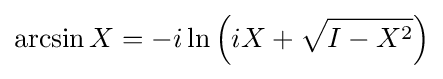
\arcsin X=-i\ln \left(iX+{\sqrt {I-X^{2}}}\right)